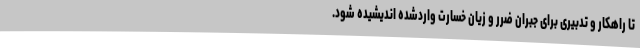
تا راهکار و تدبیری برای جبران ضرر و زیان خسارت واردشده اندیشیده شود.